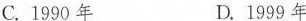
C.1990年 D.1999年